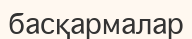
басқармалар